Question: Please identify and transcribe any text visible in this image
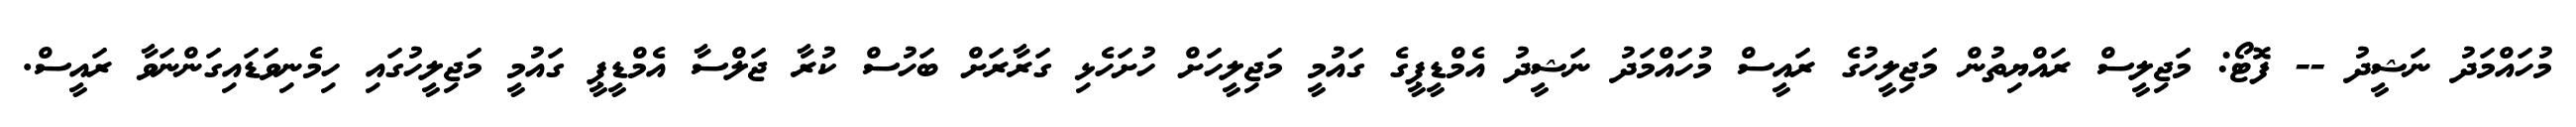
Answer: މުހައްމަދު ނަޝީދު -- ފޮޓޯ: މަޖިލީސް ރައްޔިތުން މަޖިލީހުގެ ރައީސް މުހައްމަދު ނަޝީދު އެމްޑީޕީގެ ގައުމީ މަޖިލީހަށް ހުށަހެޅި ގަރާރަށް ބަހުސް ކުރާ ޖަލްސާ އެމްޑީޕީ ގައުމީ މަޖިލީހުގައި ހިމެނިވަޑައިގަންނަވާ ރައީސް.